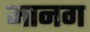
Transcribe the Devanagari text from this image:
मानग